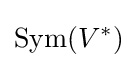
\operatorname {Sym} (V^{*})